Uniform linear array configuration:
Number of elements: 48
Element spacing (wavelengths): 0.25
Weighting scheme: kaiser
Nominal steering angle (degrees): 0
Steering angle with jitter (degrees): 1.031
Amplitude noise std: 0.05
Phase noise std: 0.05

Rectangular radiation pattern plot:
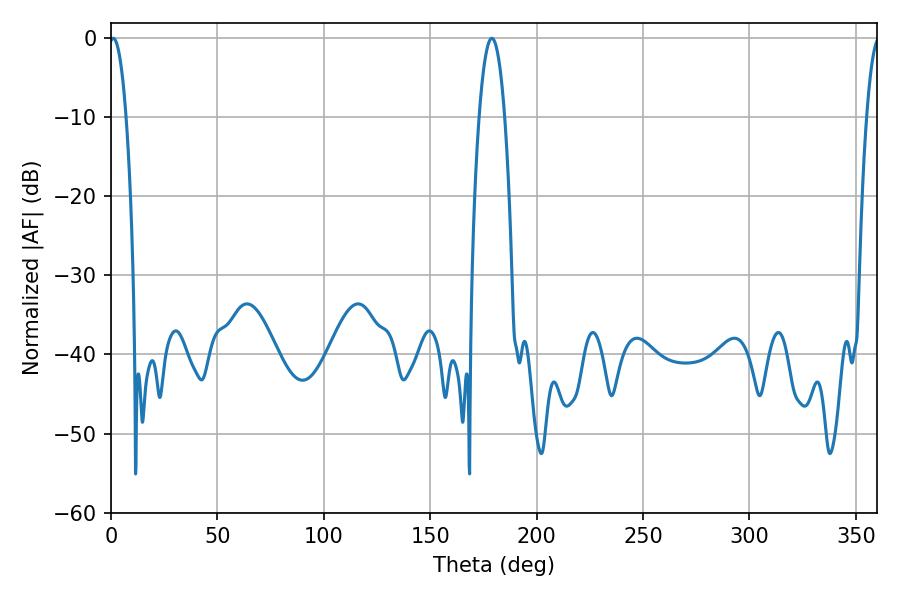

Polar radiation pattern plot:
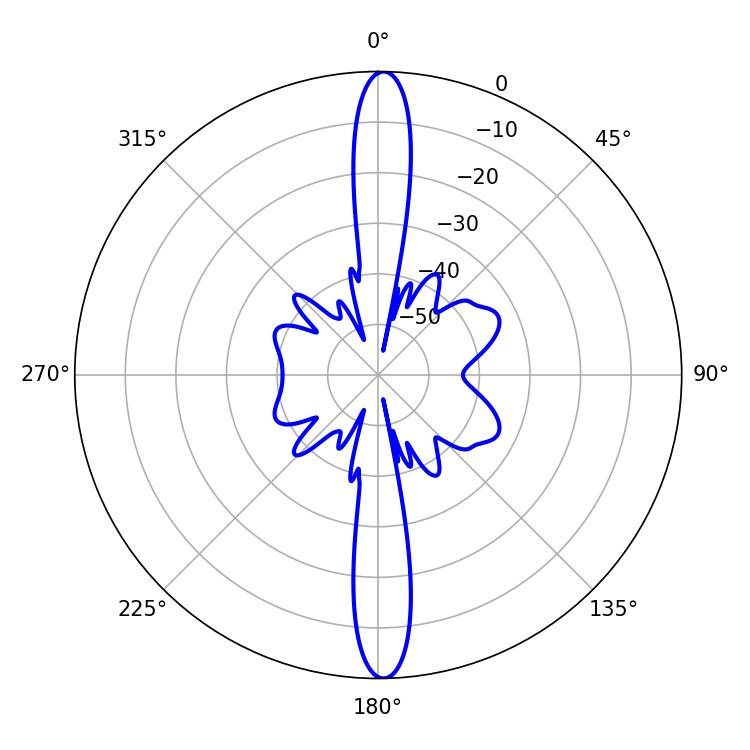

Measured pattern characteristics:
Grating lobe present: FALSE
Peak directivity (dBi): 26.266
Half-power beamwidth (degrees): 6.66
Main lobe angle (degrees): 178.92